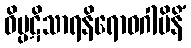
ဝိပ္ပဋိသာရနိရောဓဂါမိနိံ